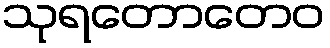
သုရတောတေဝ